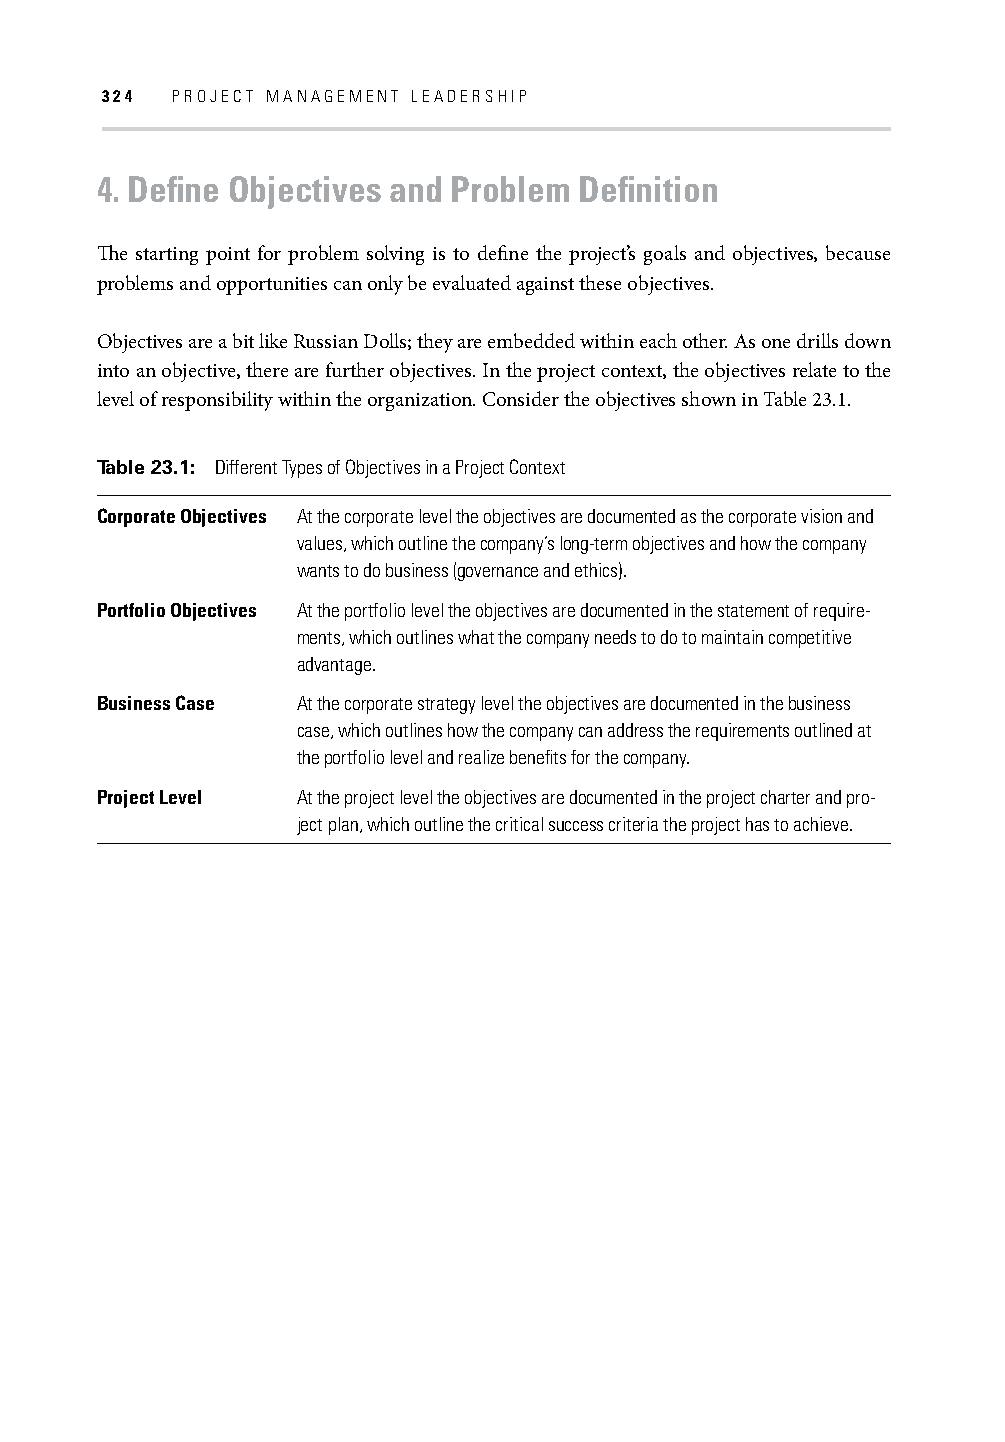
324 PROJECT MANAGEMENT LEADERSHIP
 4. Defi ne Objectives and Problem Defi nition
 Th e starting point for problem solving is to defi ne the project’s goals and objectives, because
 problems and opportunities can only be evaluated against these objectives.
 Objectives are a bit like Russian Dolls; they are embedded within each other. As one drills down
 into an objective, there are further objectives. In the project context, the objectives relate to the
 level of responsibility within the organization. Consider the objectives shown in Table 23.1.
 Table 23.1: Different Types of Objectives in a Project Context
 Corporate Objectives At the corporate level the objectives are documented as the corporate vision and
 values, which outline the company’s long-term objectives and how the company
 wants to do business (governance and ethics).
 Portfolio Objectives At the portfolio level the objectives are documented in the statement of require-
 ments, which outlines what the company needs to do to maintain competitive
 advantage.
 Business Case At the corporate strategy level the objectives are documented in the business
 case, which outlines how the company can address the requirements outlined at
 the portfolio level and realize benefi ts for the company.
 Project Level At the project level the objectives are documented in the project charter and pro-
 ject plan, which outline the critical success criteria the project has to achieve.